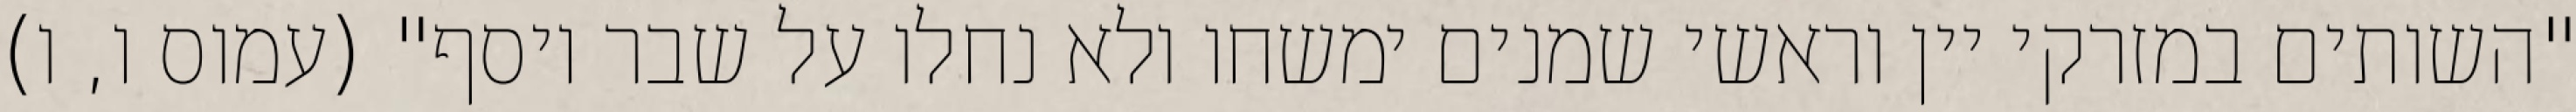
"השותים במזרקי יין וראשי‏ שמנים ימשחו ולא נחלו על שבר יוסף" (עמוס ו, ו)